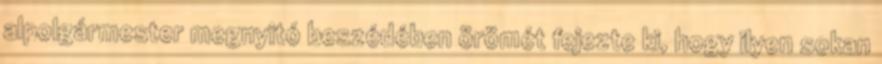
alpolgármester megnyitó beszédében örömét fejezte ki, hogy ilyen sokan